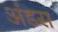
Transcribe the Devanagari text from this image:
अंडस